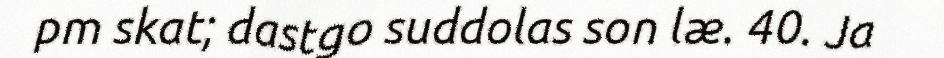
pm skat; dastgo suddolas son læ. 40. Ja